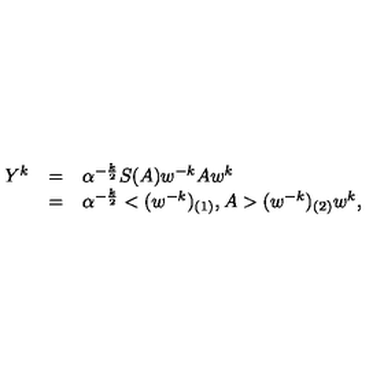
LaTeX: \begin{array} { r c l } { Y ^ { k } } & { = } & { \alpha ^ { - \frac { k } { 2 } } S ( A ) w ^ { - k } A w ^ { k } } \\ { } & { = } & { \alpha ^ { - \frac { k } { 2 } } < ( w ^ { - k } ) _ { ( 1 ) } , A > ( w ^ { - k } ) _ { ( 2 ) } w ^ { k } , } \\ \end{array}